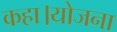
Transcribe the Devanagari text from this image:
कहा।योजना